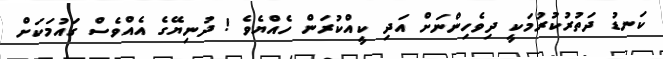
ކަނޑު ދަތުރުކުރުމަކީ ދިވެހިންނަށް އަދި ކީއްކުރަން ހެއްޔެވެ ! ދުނިޔޭގެ އެއްވެސް ގައުމަކަށް